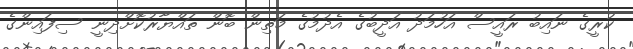
ކުރީގެ ނައިބު ރައީސް އަހުމަދު އަދީބުގެ އެދުމުގެ މަތިން ބޮން ތައްޔާރުކޮށްދިނީ ސިފައިންގެ